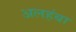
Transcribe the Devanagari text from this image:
अलहंबा